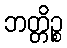
ဘတ္တိဉ္စ